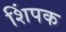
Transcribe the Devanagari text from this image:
शिंपक